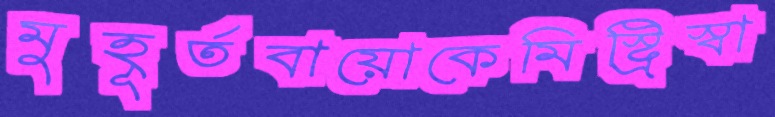
মুহূর্তবায়োকেমিস্ট্রিস্বা